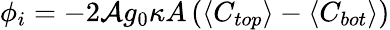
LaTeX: \phi_{i}=-2\mathcal{A}g_{0}\kappa A\left(\langle C_{top}\rangle-\langle C_{bot}\rangle\right)